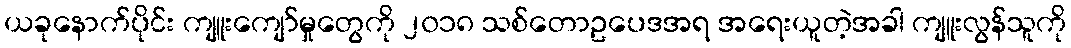
ယခုနောက်ပိုင်း ကျူးကျော်မှုတွေကို ၂၀၁၈ သစ်တောဥပေဒအရ အရေးယူတဲ့အခါ ကျူးလွန်သူကို